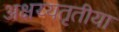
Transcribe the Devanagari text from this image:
अक्षय्यतृतीया